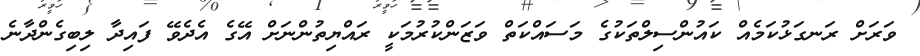
ވަރަށް ރަނގަޅުކަމެއް ކައުންސިލްތަކުގެ މަސައްކަތް ވަޒަންކުރުމަކީ ރައްޔިތުންނަށް އޭގެ އެދެވޭ ފައިދާ ލިބިގެންދާނެ